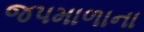
જપમાળાના